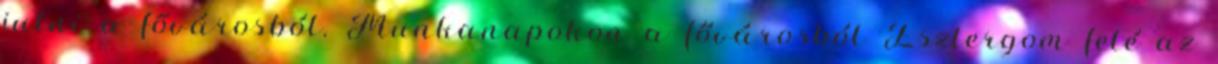
jutni a fővárosból. Munkanapokon a fővárosból Esztergom felé az